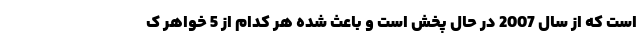
است که از سال 2007 در حال پخش است و باعث شده هر کدام از 5 خواهر ک